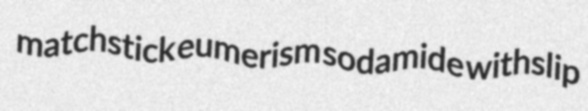
matchstick eumerism sodamide withslip